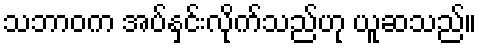
သဘာဝက အပ်နှင်းလိုက်သည်ဟု ယူဆသည်။